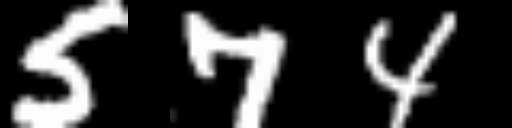
Text: 574